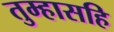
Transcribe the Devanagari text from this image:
तुम्हासहि